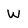
Character: W